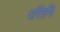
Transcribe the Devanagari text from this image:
पत्तिनि